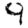
Digit: 9